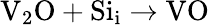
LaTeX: \mathrm{V}_{2}\mathrm{O}+\mathrm{Si}_{\mathrm{i}}\to\mathrm{VO}